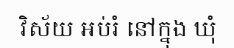
វិស័យ អប់រំ នៅក្នុង ឃុំ